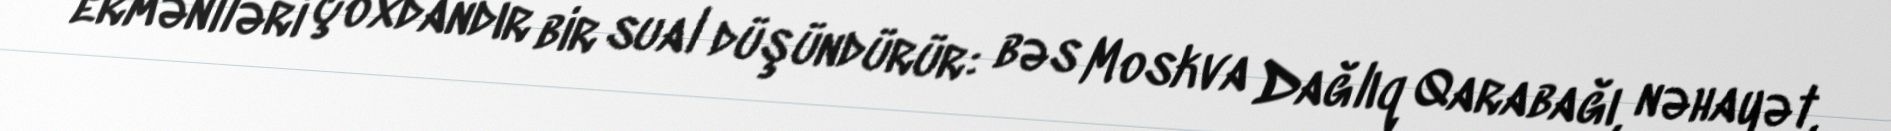
erməniləri çoxdandır bir sual düşündürür: bəs Moskva Dağlıq Qarabağı, nəhayət,